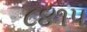
૮૪૧૫